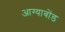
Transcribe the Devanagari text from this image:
आग्याबोंड